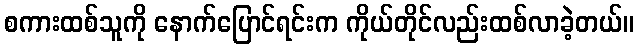
စကားထစ်သူကို နောက်ပြောင်ရင်းက ကိုယ်တိုင်လည်းထစ်လာခဲ့တယ်။